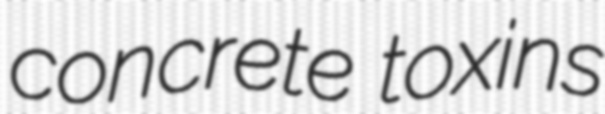
concrete toxins